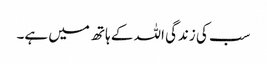
سب کی زندگی اللہ کے ہاتھ میں ہے۔